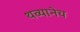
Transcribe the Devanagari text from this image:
थव्यानेच